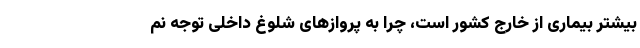
بیشتر بیماری از خارج کشور است، چرا به پروازهای شلوغ داخلی توجه نم